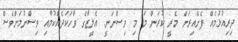
ދިރިއުޅުމެއް ފެށޭއިރަށް މެރީ ކުރަން މަ މި ވިސްނަނީ. އެލީޒާގެ ވާހަކަދެއްކުމާއި ވިސްނުމަށްވެސް